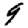
Digit: 9